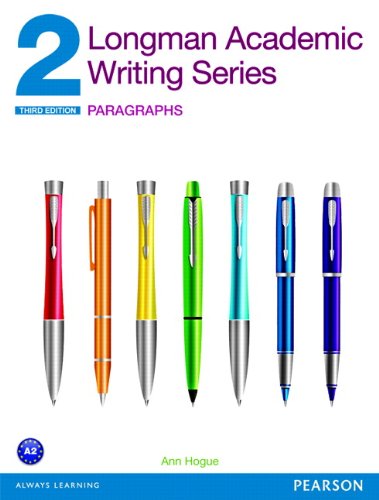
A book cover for Longman Academic Writing Series 2: Paragraphs (3rd Edition); Ann Hogue; Reference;